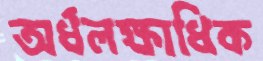
অর্ধলক্ষাধিক